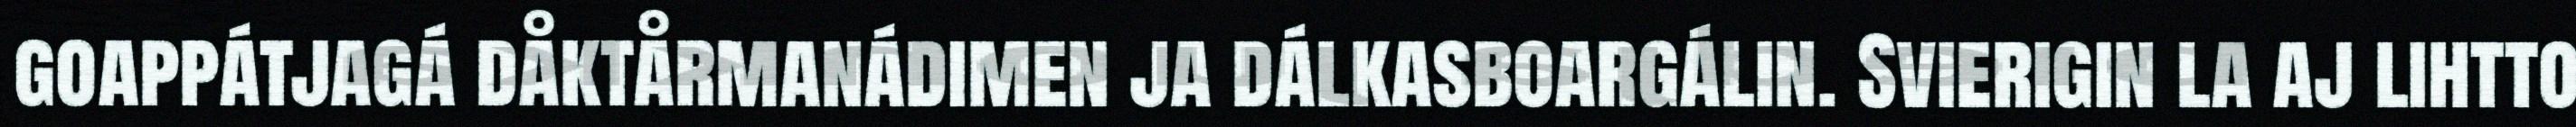
goappátjagá dåktårmanádimen ja dálkasboargálin. Svierigin la aj lihtto